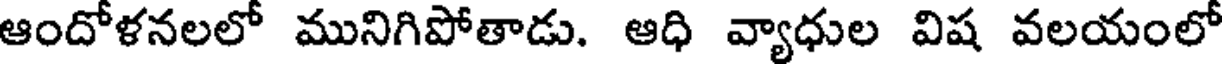
ఆందోళనలలో మునిగిపోతాడు. ఆధి వ్యాధుల విష వలయంలో